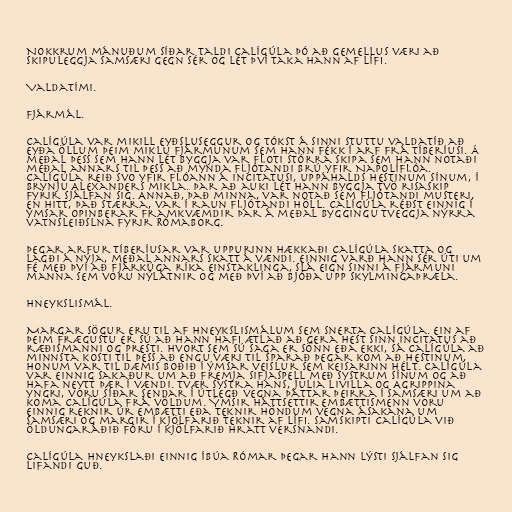
Nokkrum mánuðum síðar taldi Calígúla þó að Gemellus væri að
skipuleggja samsæri gegn sér og lét því taka hann af lífi.

Valdatími.

Fjármál.

Calígúla var mikill eyðsluseggur og tókst á sinni stuttu valdatíð að
eyða öllum þeim miklu fjármunum sem hann fékk í arf frá Tíberíusi. Á
meðal þess sem hann lét byggja var floti stórra skipa sem hann notaði
meðal annars til þess að mynda fljótandi brú yfir Napolíflóa.
Calígúla reið svo yfir flóann á Incitatusi, uppáhalds hestinum sínum, í
brynju Alexanders mikla. Þar að auki lét hann byggja tvö risaskip
fyrir sjálfan sig. Annað, það minna, var notað sem fljótandi musteri,
en hitt, það stærra, var í raun fljótandi höll. Calígúla réðst einnig í
ýmsar opinberar framkvæmdir þar á meðal byggingu tveggja nýrra
vatnsleiðslna fyrir Rómaborg.

Þegar arfur Tíberíusar var uppurinn hækkaði Calígúla skatta og
lagði á nýja, meðal annars skatt á vændi. Einnig varð hann sér úti um
fé með því að fjárkúga ríka einstaklinga, slá eign sinni á fjármuni
manna sem voru nýlátnir og með því að bjóða upp skylmingaþræla.

Hneykslismál.

Margar sögur eru til af hneykslismálum sem snerta Calígúla. Ein af
þeim frægustu er sú að hann hafi ætlað að gera hest sinn Incitatus að
ræðismanni og presti. Hvort sem sú saga er sönn eða ekki, sá Calígúla að
minnsta kosti til þess að engu væri til sparað þegar kom að hestinum,
honum var til dæmis boðið í ýmsar veislur sem keisarinn hélt. Calígúla
var einnig sakaður um að fremja sifjaspell með systrum sínum og að
hafa neytt þær í vændi. Tvær systra hans, Julia Livilla og Agrippina
yngri, voru síðar sendar í útlegð vegna þáttar þeirra í samsæri um að
koma Calígúla frá völdum. Ýmsir háttsettir embættismenn voru
einnig reknir úr embætti eða teknir höndum vegna ásakana um
samsæri og margir í kjölfarið teknir af lífi. Samskipti Calígúla við
öldungaráðið fóru í kjölfarið hratt versnandi.

Calígúla hneykslaði einnig íbúa Rómar þegar hann lýsti sjálfan sig
lifandi guð.